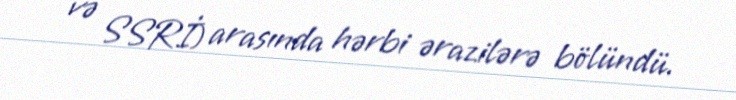
və SSRİ) arasında hərbi ərazilərə bölündü.